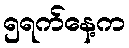
၅ရက်နေ့က